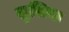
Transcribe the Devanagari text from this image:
लुसिना